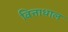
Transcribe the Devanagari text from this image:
वित्ताधाल